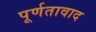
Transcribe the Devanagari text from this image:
पूर्णतावाद